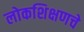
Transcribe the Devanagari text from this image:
लोकशिक्षणचे